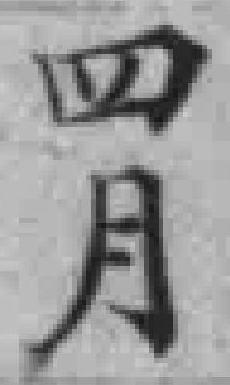
四月